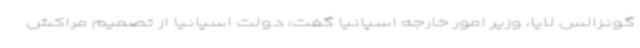
گونزالس لایا، وزیر امور خارجه اسپانیا گفت: دولت اسپانیا از تصمیم مراکش